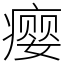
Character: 瘿